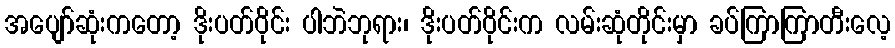
အပျော်ဆုံးကတော့ ဒိုးပတ်ဝိုင်း ပါဘဲဘုရား၊ ဒိုးပတ်ဝိုင်းက လမ်းဆုံတိုင်းမှာ ခပ်ကြာကြာတီးလေ့